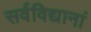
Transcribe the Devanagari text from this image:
सर्वविद्यानां